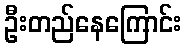
ဦးတည်နေကြောင်း